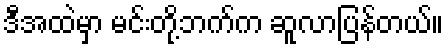
ဒီအထဲမှာ မင်းတို့ဘက်က ဆူလာပြန်တယ်။